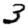
Digit: 3